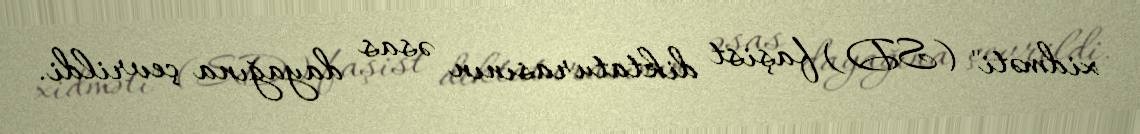
xidməti" (SD) faşist diktaturasının əsas dayağına çevrildi.